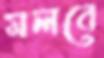
মলবে